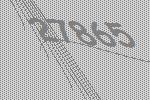
27865